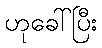
ဟုခေါ်ပြီး